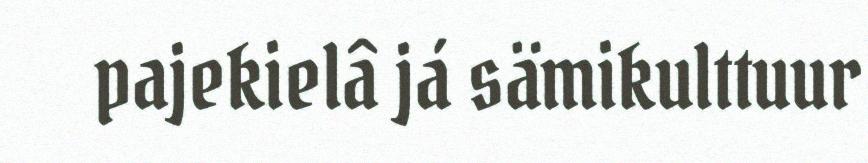
pajekielâ já sämikulttuur